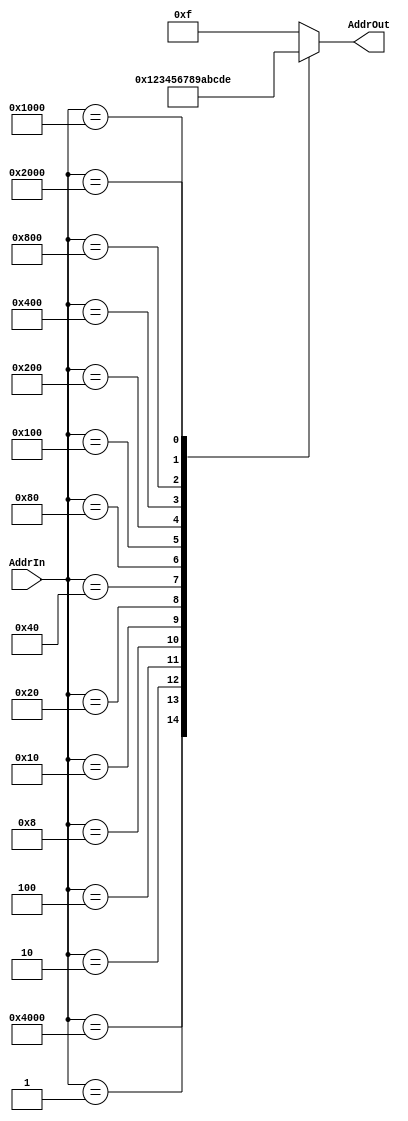
`timescale 1ns / 1ps
//////////////////////////////////////////////////////////////////////////////////
// Company: 
// Engineer: 
// 
// Design Name: 
// Module Name: AddressEncoder
// Project Name: 
// Target Devices: 
// Tool Versions: 
// Description: 
// 
// Dependencies: 
// 
// Revision:
// Revision 0.01 - File Created
// Additional Comments:
// 
//////////////////////////////////////////////////////////////////////////////////


module AddressEncoder(
//15bit RingCounter  0~14    
    AddrIn, 
    AddrOut
);
parameter DATANUM = 15;
parameter ADDRESS = 4;

input [DATANUM-1:0] AddrIn; //15bit input
output reg [ADDRESS-1:0] AddrOut; //4bit output

always @(*) begin //      
    case(AddrIn) //AddrIn  case
        15'b100_0000_0000_0000: AddrOut = 4'b0000;
        15'b000_0000_0000_0001: AddrOut = 4'b0001;
        15'b000_0000_0000_0010: AddrOut = 4'b0010;
        15'b000_0000_0000_0100: AddrOut = 4'b0011;
        15'b000_0000_0000_1000: AddrOut = 4'b0100;
        15'b000_0000_0001_0000: AddrOut = 4'b0101;
        15'b000_0000_0010_0000: AddrOut = 4'b0110;
        15'b000_0000_0100_0000: AddrOut = 4'b0111;
        15'b000_0000_1000_0000: AddrOut = 4'b1000;
        15'b000_0001_0000_0000: AddrOut = 4'b1001;
        15'b000_0010_0000_0000: AddrOut = 4'b1010;
        15'b000_0100_0000_0000: AddrOut = 4'b1011;
        15'b000_1000_0000_0000: AddrOut = 4'b1100;
        15'b001_0000_0000_0000: AddrOut = 4'b1101;
        15'b010_0000_0000_0000: AddrOut = 4'b1110;
        default: AddrOut = 4'b1111; //    
    endcase
end

endmodule